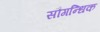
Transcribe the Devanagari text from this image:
सौगन्धिक